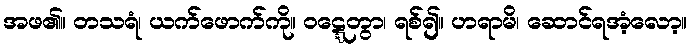
အဖ၏။ တသရံ၊ ယက်ဖောက်ကို။ ဝဋ္ဋေတွာ၊ ရစ်၍။ ဟရာမိ၊ ဆောင်ရအံ့လော့။